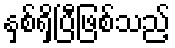
နှစ်ရှိပြီဖြစ်သည့်